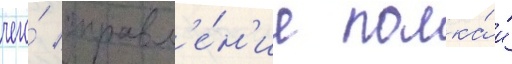
чего́ управл'е́н'ие полка́ и́